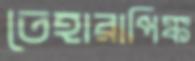
তেহারাপিঙ্ক